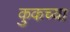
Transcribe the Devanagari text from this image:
कुकच्या